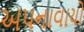
અપનાવાયો